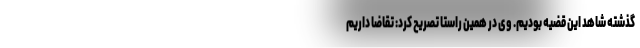
گذشته شاهد این قضیه بودیم. وی در همین راستا تصریح کرد: تقاضا داریم